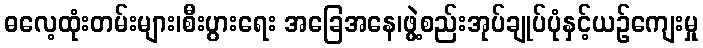
ဓလေ့ထုံးတမ်းများ၊စီးပွားရေး အခြေအနေ၊ဖွဲ့စည်းအုပ်ချုပ်ပုံနှင့်ယဉ်ကျေးမှု